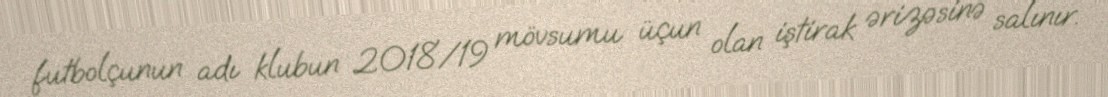
futbolçunun adı klubun 2018/19 mövsumu üçun olan iştirak ərizəsinə salınır.